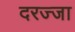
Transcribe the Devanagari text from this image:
दरज्जा